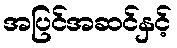
အပြင်အဆင်နှင့်